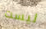
ليست